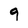
Character: 9